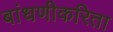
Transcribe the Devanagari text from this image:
बांधणीकरिता